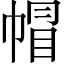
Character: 帽